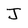
Character: J